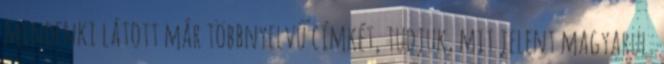
mindenki látott már többnyelvű címkét, tudjuk, mit jelent magyarul.